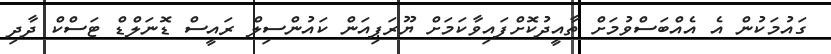
ގައުމަކުން އެ އެއްބަސްވުމަށް ތާއީދުކޮށްފައިވާކަމަށް ޔޫރަޕިއަން ކައުންސިލް ރައީސް ޑޮނަލްޑް ޓަސްކް ދާދި